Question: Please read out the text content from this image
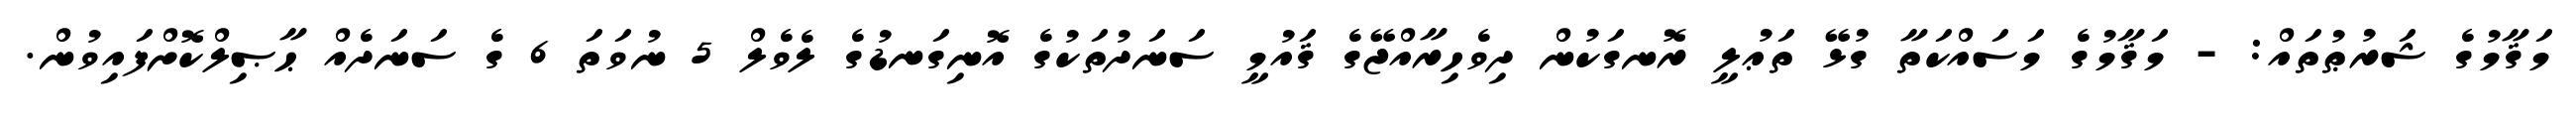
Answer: މަޤާމުގެ ޝަރުޠުތައް: - މަޤާމުގެ މަސައްކަތާ ގުޅޭ ތަޢުލީ ރޮނގަކުން ދިވެހިރާއްޖޭގެ ޤައުމީ ސަނަދުތަކުގެ އޮނިގަނޑުގެ ލެވެލް 5 ނުވަތަ 6 ގެ ސަނަދެއް ޙާޞިލްކޮށްފައިވުން.